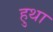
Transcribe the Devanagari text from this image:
हुथा